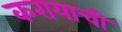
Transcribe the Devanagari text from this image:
करायाची